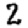
Digit: 2